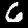
Digit: 6